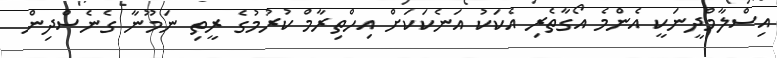
އިސްލާމްދީނަކީ އެންމެ އޯގާތެރި އެކަކު އަނެކަކަށް އިހްތިރާމް ކުރުމުގެ ރީތި ނަމޫނާ ގެނެސްދިން